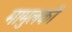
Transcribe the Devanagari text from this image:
मामुलकों